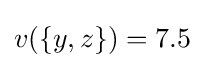
v(\{y,z\})=7.5